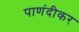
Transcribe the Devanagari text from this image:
पाणंदीकर